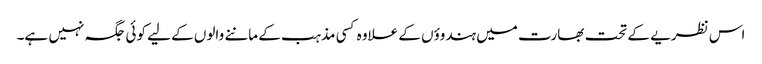
اس نظریے کے تحت بھارت میں ہندوؤں کے علاوہ کسی مذہب کے ماننے والوں کے لیے کوئی جگہ نہیں ہے۔